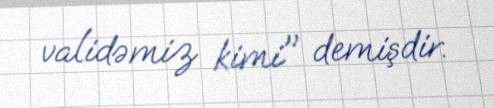
validəmiz kimi" demişdir.